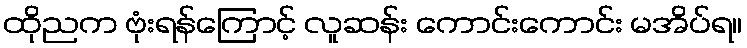
ထိုညက ဗုံးရန်ကြောင့် လူဆန်း ကောင်းကောင်း မအိပ်ရ။